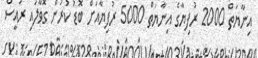
އިނާޔަތް 2000 ރުފިޔާގެ އިނާޔަތް 5000 ރުފިޔާއަށް ބޮޑު ކުރަން ގޮވާލައި ރައީސް